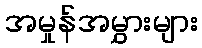
အမှုန်အမွှားများ